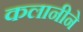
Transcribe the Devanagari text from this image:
कलानीने